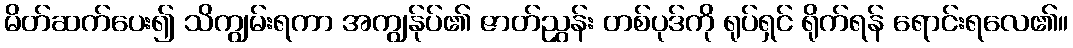
မိတ်ဆက်ပေး၍ သိကျွမ်းရကာ အကျွန်ုပ်၏ ဇာတ်ညွှန်း တစ်ပုဒ်ကို ရုပ်ရှင် ရိုက်ရန် ရောင်းရလေ၏။